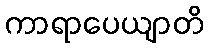
ကာရာပေယျာတိ